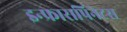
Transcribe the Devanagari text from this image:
इन्फ्रासपिनेटस